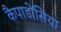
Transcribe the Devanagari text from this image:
कैपाडोसिया